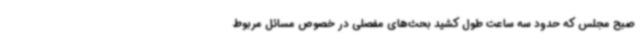
صبح مجلس که حدود سه ساعت طول کشید بحث‌های مفصلی در خصوص مسائل مربوط